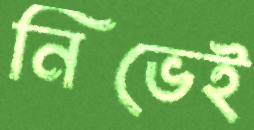
নিভেই